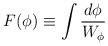
LaTeX: \begin{align*} F(\phi)\equiv\int{d\phi\over W_\phi}\end{align*}